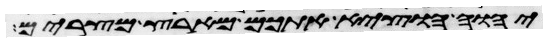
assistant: יהוה הוציא אתכם מארץ מצרים